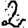
Digit: 2